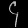
Digit: ၄